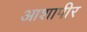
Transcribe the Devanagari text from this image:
आशापीर